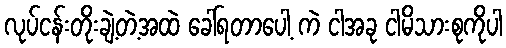
လုပ်ငန်းတိုးချဲ့တဲ့အထဲ ခေါ်ရတာပေါ့ ကဲ ငါအခု ငါမိသားစုကိုပါ